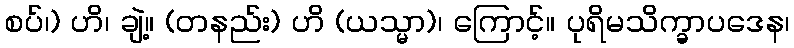
စပ်၊) ဟိ၊ ချဲ့။ (တနည်း) ဟိ (ယသ္မာ)၊ ကြောင့်။ ပုရိမသိက္ခာပဒေန၊